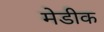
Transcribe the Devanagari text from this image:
मेडीक